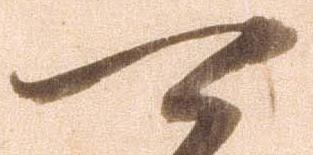
可